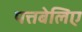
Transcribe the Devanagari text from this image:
पत्तबेलिए